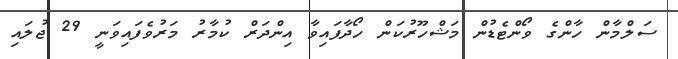
ސަލްމާން ހާންގެ ވޯންޓެޑުން މަޝްހޫރުކަން ހޯދާފައިވާ އިންދަރް ކުމާރު މަރުވެފައިވަނީ 29 ޖުލައި